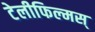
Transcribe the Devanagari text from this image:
टेलीफिल्मस्